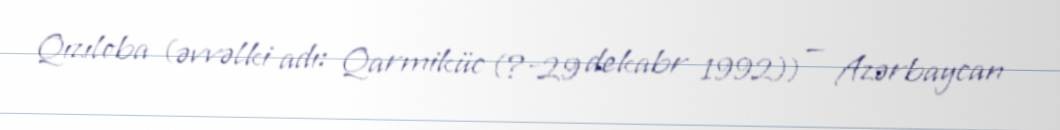
Qızıloba (əvvəlki adı: Qarmiküc (?-29 dekabr 1992)) — Azərbaycan